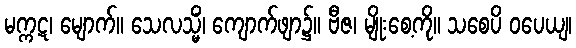
မက္ကဋ၊ မျောက်။ သေလသ္မိံ၊ ကျောက်ဖျာ၌။ ဗီဇ၊ မျိုးစေ့ကို။ သစေပိ ဝပေယျ၊